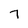
Character: 7